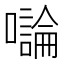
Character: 𡃝